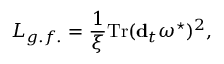
{ \cal L } _ { g . f . } = \frac { 1 } { \xi } \mathrm { T r } ( { \bf d } _ { t } \omega ^ { \star } ) ^ { 2 } ,